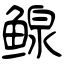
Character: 鳈